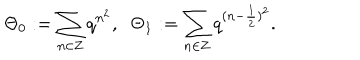
LaTeX: \Theta _ { 0 } : = \sum _ { n \in { \bf Z } } q ^ { n ^ { 2 } } , \; \; \Theta _ { 1 } : = \sum _ { n \in { \bf Z } } q ^ { ( n - \frac { 1 } { 2 } ) ^ { 2 } } .